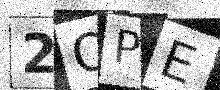
Text: 2QPE